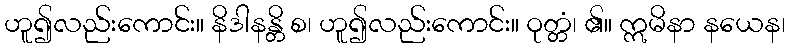
ဟူ၍လည်းကောင်း။ နိဒါနန္တိ စ၊ ဟူ၍လည်းကောင်း။ ဝုတ္တံ၊ ၏။ ဣမိနာ နယေန၊